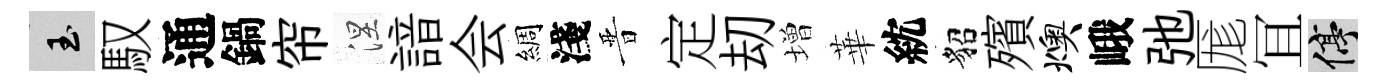
玉馭通鍋帘涅諳会綢淺晋定刧増華紞貂殯燠峨弛厖冝停